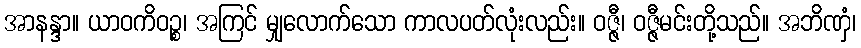
အာနန္ဒာ။ ယာဝကိဝဉ္စ၊ အကြင် မျှလောက်သော ကာလပတ်လုံးလည်း။ ဝဇ္ဇီ၊ ဝဇ္ဇီမင်းတို့သည်။ အဘိဏှံ၊